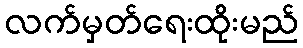
လက်မှတ်ရေးထိုးမည်